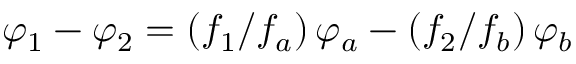
\varphi _ { 1 } - \varphi _ { 2 } = \left( f _ { 1 } / f _ { a } \right) \varphi _ { a } - \left( f _ { 2 } / f _ { b } \right) \varphi _ { b }